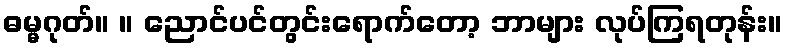
ဓမ္မဂုတ်။ ။ ညောင်ပင်တွင်းရောက်တော့ ဘာများ လုပ်ကြရတုန်း။